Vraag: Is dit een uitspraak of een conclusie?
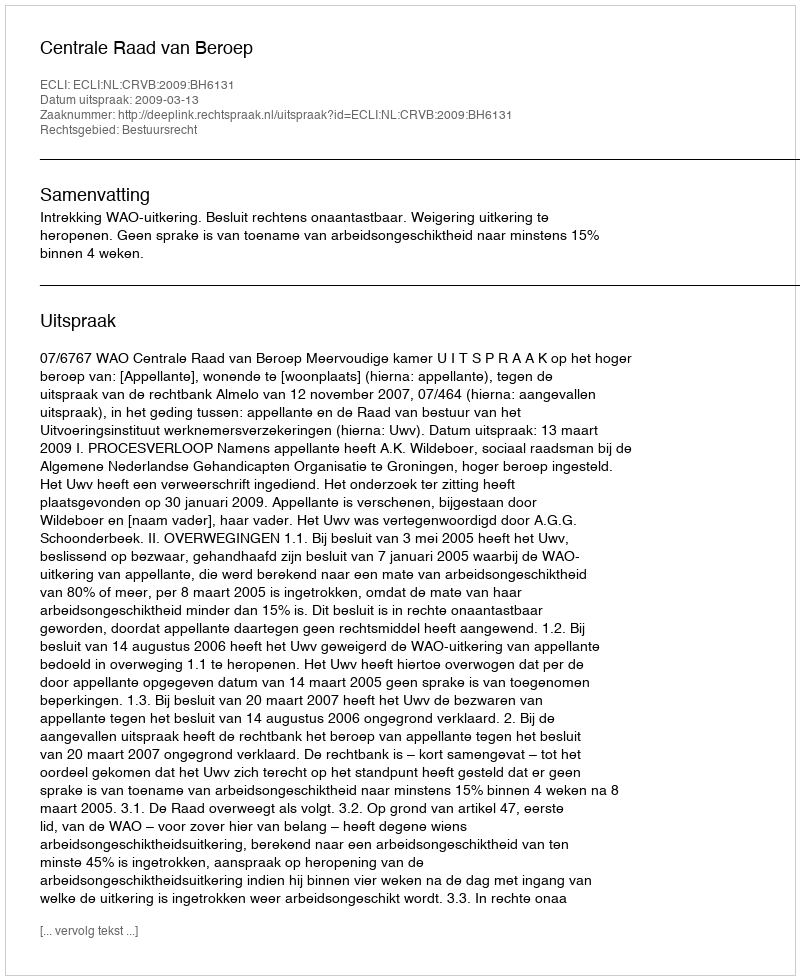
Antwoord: Uitspraak